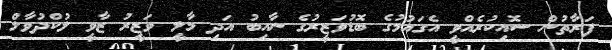
ފަރާތުން ސޮއިކުރެއްވީ އެގައުމުގެ ބޮޑުވަޒީރުގެ ނާއިބު އަދި މާލީ ވަޒީރު ޒާވީ ލުކްދުވާލް